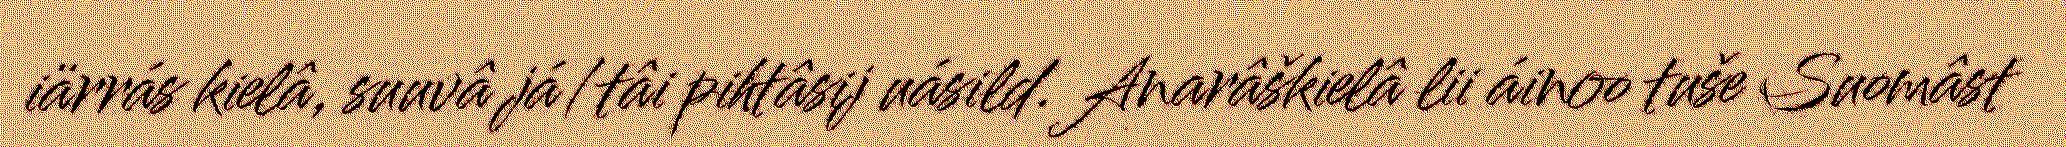
iärrás kielâ, suuvâ já/tâi pihtâsij uásild. Anarâškielâ lii áinoo tuše Suomâst